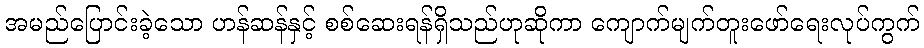
အမည်ပြောင်းခဲ့သော ဟန်ဆန်နှင့် စစ်ဆေးရန်ရှိသည်ဟုဆိုကာ ကျောက်မျက်တူးဖော်ရေးလုပ်ကွက်